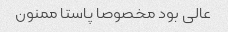
عالی بود مخصوصا پاستا ممنون